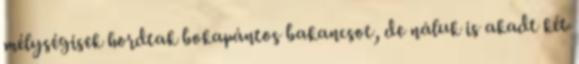
mélységisek hordtak bokapántos bakancsot, de náluk is akadt két